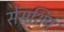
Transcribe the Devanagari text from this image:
सेंसशिप